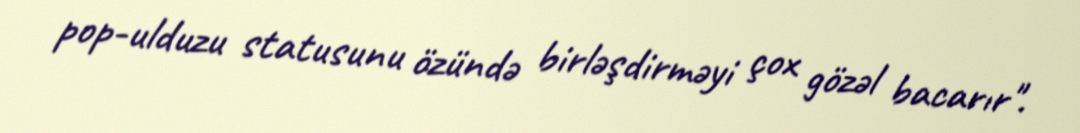
pop-ulduzu statusunu özündə birləşdirməyi çox gözəl bacarır".